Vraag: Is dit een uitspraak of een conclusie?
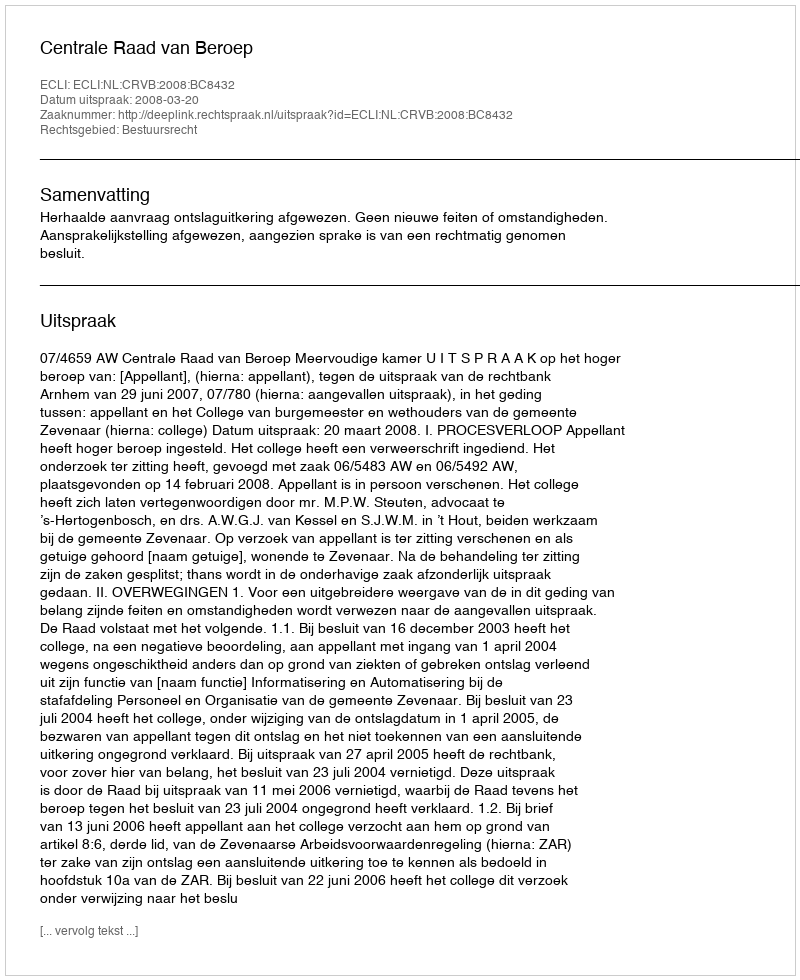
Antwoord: Uitspraak